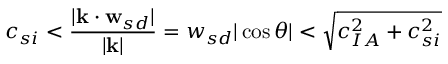
c _ { s i } < \frac { | \mathbf { k } \cdot \mathbf { w } _ { s d } | } { | \mathbf { k } | } = { w _ { s d } } | \cos \theta | < \sqrt { c _ { I A } ^ { 2 } + c _ { s i } ^ { 2 } }